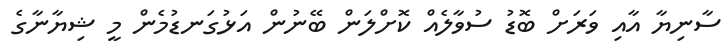
ސާނިޔާ އާއި ވަރަށް ބޮޑު ސުވާލެއް ކޮށްލަން ބޭނުން އަޅުގަނޑުމެން މީ ޝިޔާނާގެ